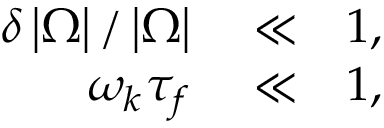
\begin{array} { r l r } { \delta \left\vert \Omega \right\vert / \left\vert \Omega \right\vert } & { { } \ll } & { 1 , } \\ { \omega _ { k } \tau _ { f } } & { { } \ll } & { 1 , } \end{array}